Kihnu_vallavalitsus, lk 40
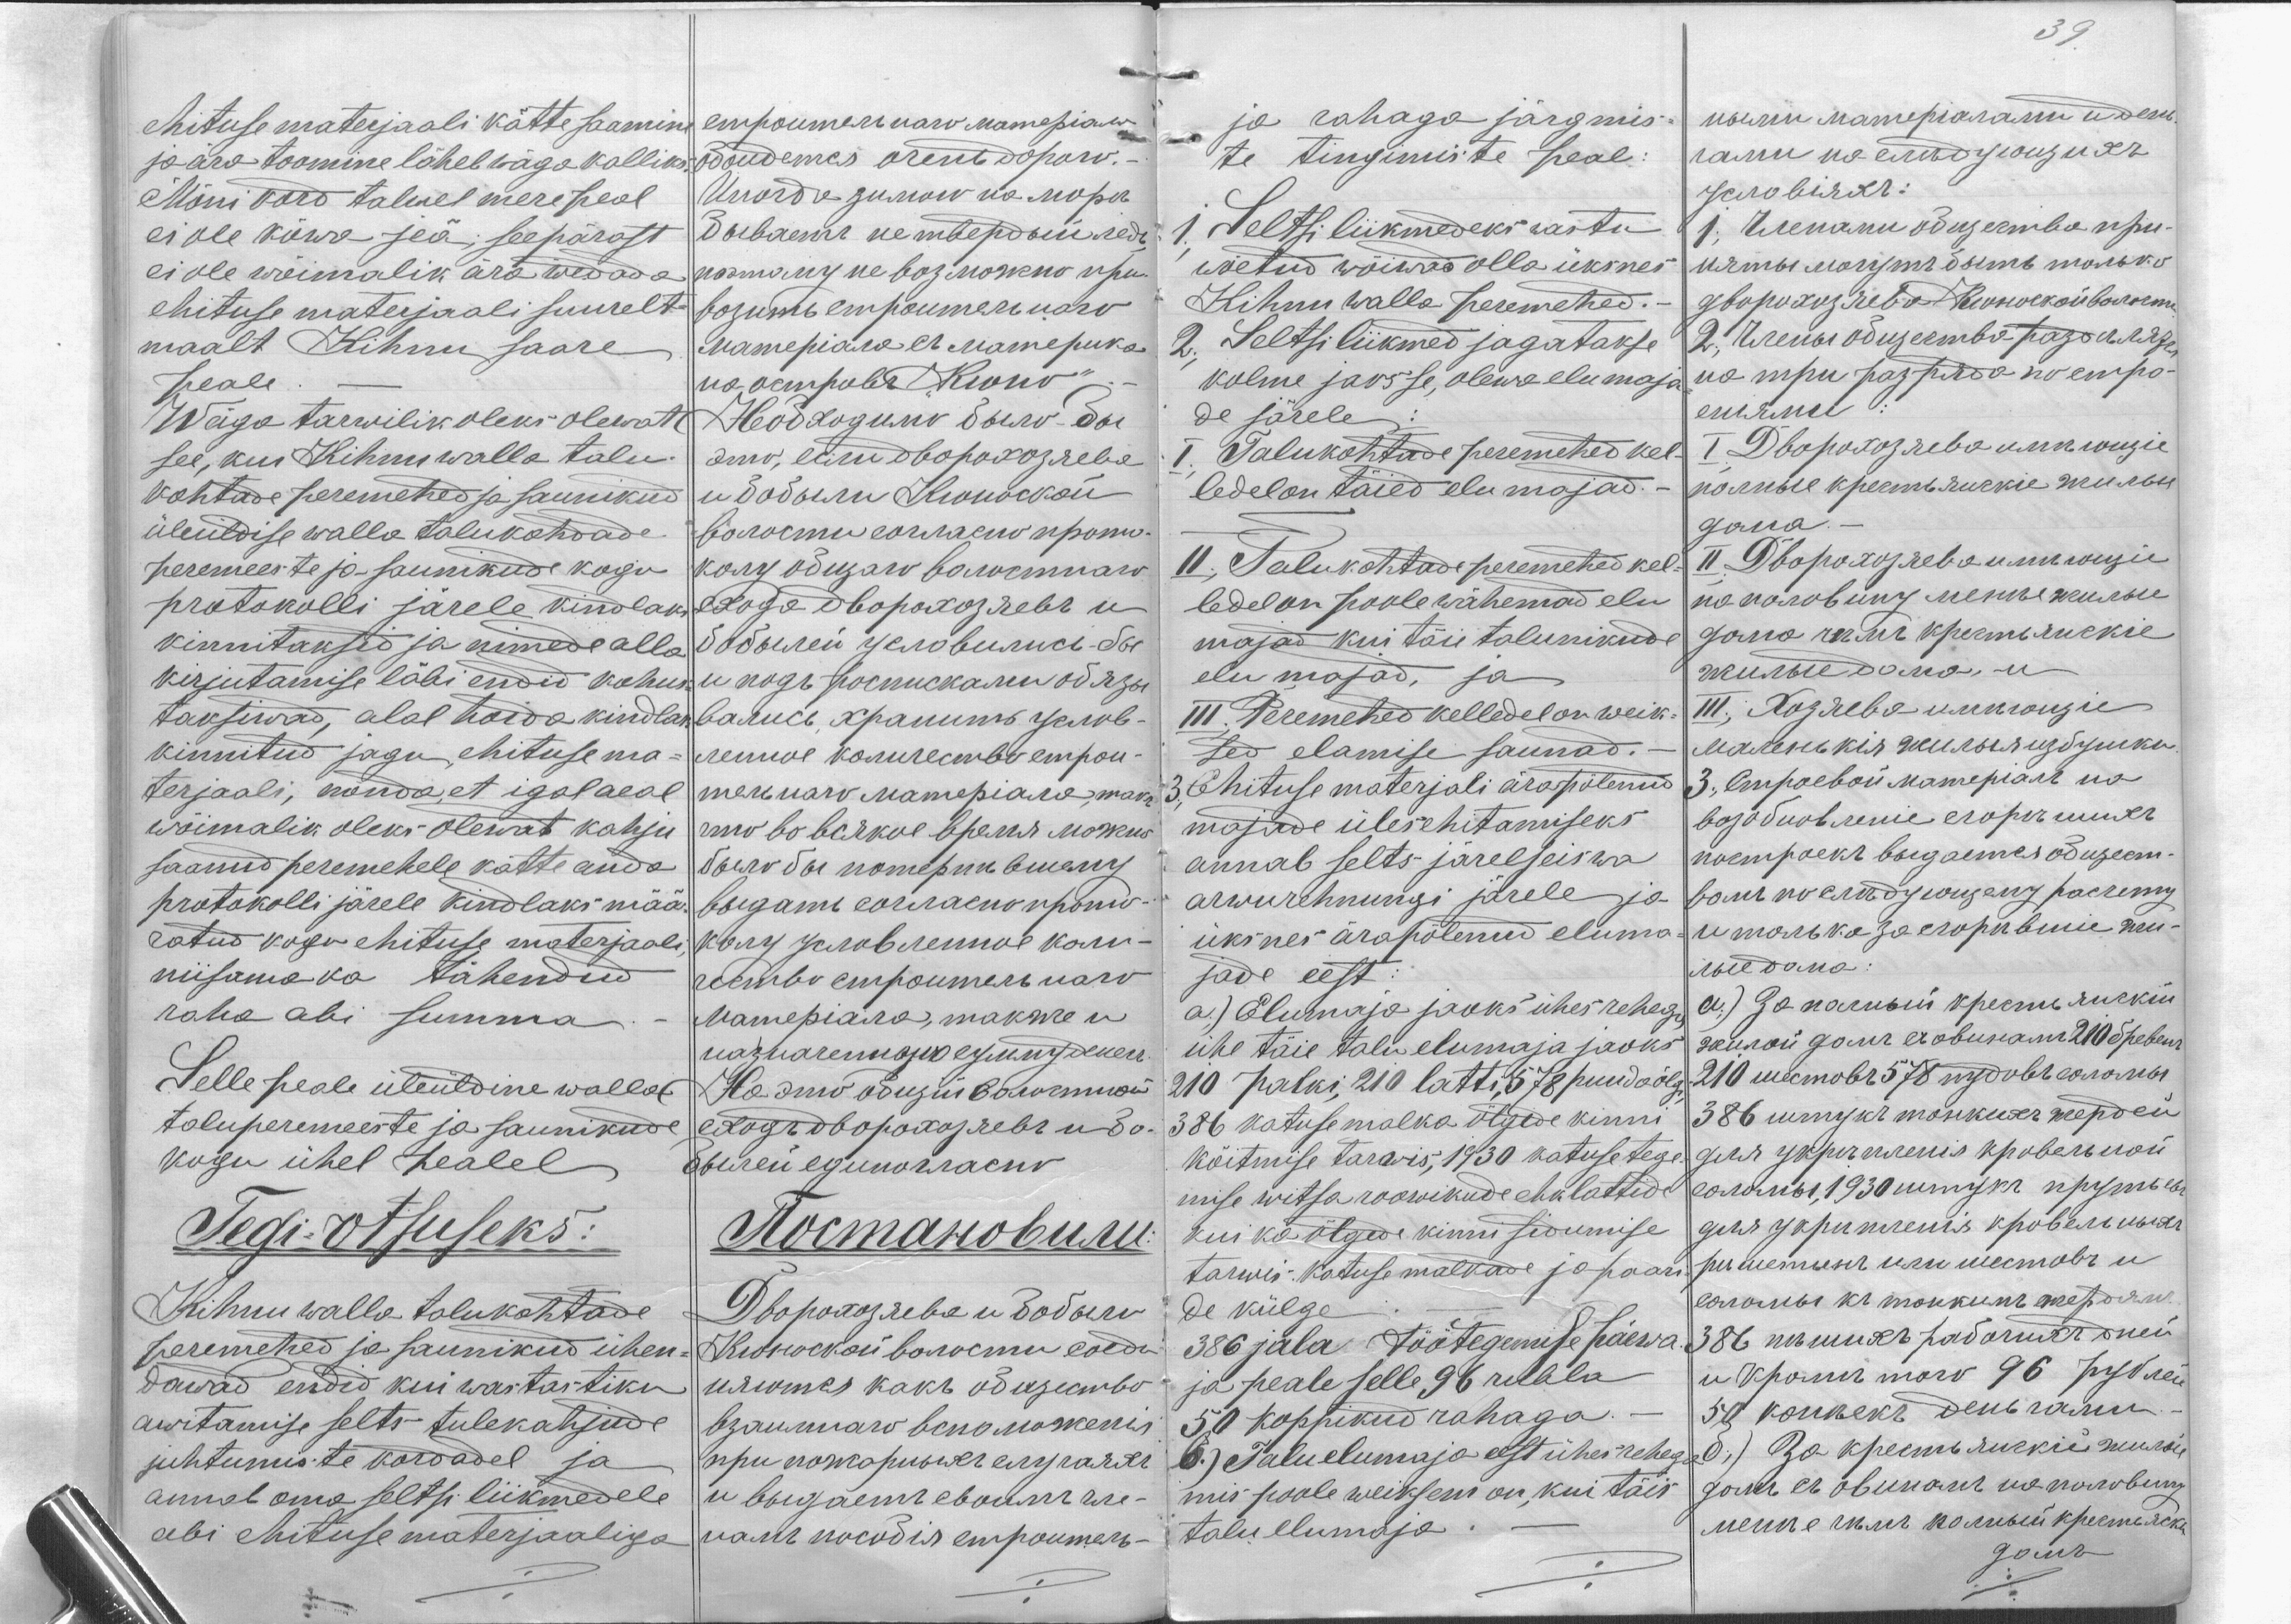
ehituse materjaali kätte saamine
ja ära toomine läheb wäga kalliks
Mõni kord talwel mere peal
ei ole kõwa jeä; seepärast
ei ole wõimalik ära wedada
ehituse materjaali suurelt
maalt Kihnu saare
peale
Wäga tarwilik oleks olewat
see, kui Kihnu walla talu
kohtade peremehed ja saunikud
üleüldise walla talukohdade
peremeeste ja saunikude kogu
protokolli järele kindlaks
kinnitaksid ja nimede alla
kirjutamise läbi endid kohus-
taksiwad, alal hoida kindlat
kinnitud jagu ehituse ma-
terjaali, nõnda, et igal aeal
wõimalik oleks olewat kahju
saanud peremehele kätte anda
protokolli järele kindlaks mää-
ratud kogu ehituse materjaali
niisama ka tähendud
raha abi summa
Selle peale üleüldine walla
taluperemeeste ja saunikude
kogu ühel healel
Tegi otsuseks:
Kihnu walla talukohtade
peremehed ja saunikud ühen-
dawad endid kui wastastiku
awitamise selts tulekahjude
juhtumiste kordadel ja
annab oma seltsi liikmedele
abi ehituse materjaaliga

39

ja rahaga järgmis-
te tingimiste peal:
1. Seltsi liikmedeks wastu
wõetud wõiwad olla üksnes
Kihnu walla peremehed.-
2. Seltsi liikmed jagatakse
kolme jaosse, olewa elumaja-
de järele
I. Talukohtade peremehed kel-
ledel on täied elu majad.
II. Talukohtade peremehed kel-
ledel on poole wähemad elu
majad kui täie talunikude
elu majad, ja
III;'. Peremehed kelledel on weik-
sed elamise saunad.-
3. Ehituse materjali ärapõlenud
majade ülesehitamiseks
annab selts järelseiswa
arwurehnungi järele ja
üksnes ärapõlenud eluma-
jade eest:
a.) Elumaja jaoks ühes rehega
ühe täie talu elumaja jaoks
210 palki, 210 latti, 578 puuda õlgi
386 katuse malka õlgede kinni
köitmise tarwis, 1930 katuse tege
mise witsa roowikude ehk lattide
kui ka õlgede kinni sidumise
tarwis. Katuse malkade ja paari-
de külge
386 jala töötegemise päewa
ja peale selle 96 rubla
50 koppikud rahaga.-
6.) Talu elumaja eest ühes rehega
mis poole weiksem on, kui täis
talu elumaja.